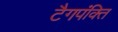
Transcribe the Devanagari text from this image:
टैगपंक्ति